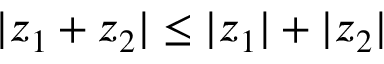
| z _ { 1 } + z _ { 2 } | \leq | z _ { 1 } | + | z _ { 2 } |